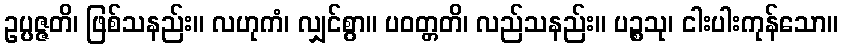
ဥပ္ပဇ္ဇတိ၊ ဖြစ်သနည်း။ လဟုကံ၊ လျှင်စွာ။ ပဝတ္တတိ၊ လည်သနည်း။ ပဉ္စသု၊ ငါးပါးကုန်သော။